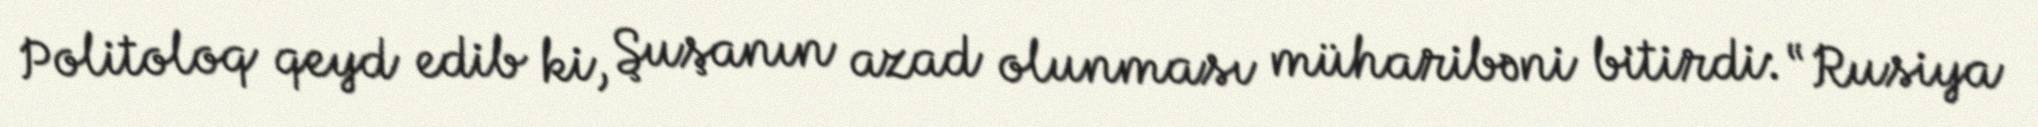
Politoloq qeyd edib ki, Şuşanın azad olunması müharibəni bitirdi: “Rusiya